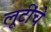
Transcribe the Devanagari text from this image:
लूटींचे